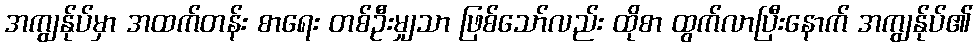
အကျွန်ုပ်မှာ အထက်တန်း စာရေး တစ်ဦးမျှသာ ဖြစ်သော်လည်း ထိုစာ ထွက်လာပြီးနောက် အကျွန်ုပ်၏